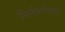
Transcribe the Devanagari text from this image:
मिनीमसिभी